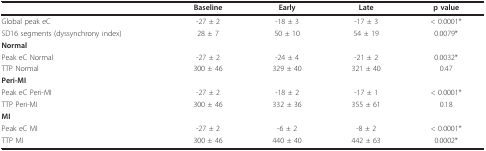
<table><thead><tr><td></td><td><b>Baseline</b></td><td><b>Early</b></td><td><b>Late</b></td><td><b>p value</b></td></tr></thead><tbody><tr><td>Global peak eC</td><td>-27 ± 2</td><td>-18 ± 3</td><td>-17 ± 3</td><td>&lt; 0.0001*</td></tr><tr><td>SD16 segments (dyssynchrony index)</td><td>28 ± 7</td><td>50 ± 10</td><td>54 ± 19</td><td>0.0079*</td></tr><tr><td><b>Normal</b></td><td></td><td></td><td></td><td></td></tr><tr><td>Peak eC Normal</td><td>-27 ± 2</td><td>-24 ± 4</td><td>-21 ± 2</td><td>0.0032*</td></tr><tr><td>TTP Normal</td><td>300 ± 46</td><td>329 ± 40</td><td>321 ± 40</td><td>0.47</td></tr><tr><td><b>Peri-MI</b></td><td></td><td></td><td></td><td></td></tr><tr><td>Peak eC Peri-MI</td><td>-27 ± 2</td><td>-18 ± 2</td><td>-17 ± 1</td><td>&lt; 0.0001*</td></tr><tr><td>TTP Peri-MI</td><td>300 ± 46</td><td>332 ± 36</td><td>355 ± 61</td><td>0.18</td></tr><tr><td><b>MI</b></td><td></td><td></td><td></td><td></td></tr><tr><td>Peak eC MI</td><td>-27 ± 2</td><td>-6 ± 2</td><td>-8 ± 2</td><td>&lt; 0.0001*</td></tr><tr><td>TTP MI</td><td>300 ± 46</td><td>440 ± 40</td><td>442 ± 63</td><td>0.0002*</td></tr></tbody></table>